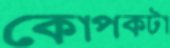
কোপকটা